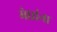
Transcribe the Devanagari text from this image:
मेघांना